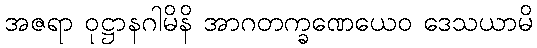
အဇရာ ဝုဋ္ဌာနဂါမိနိ အာဂတက္ခဏေယေဝ ဒေသယာမိ